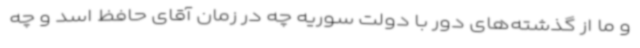
و ما از گذشته‌های دور با دولت سوریه چه در زمان آقای حافظ اسد و چه